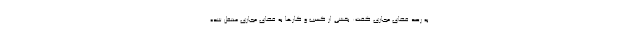
به رصد فضای مجازی گفت: بخشی از کسب و کارها به فضای مجازی منتقل شده